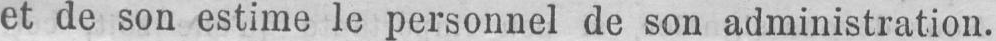
et de son estime le personnel de son administration.